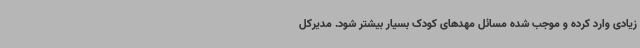
زیادی وارد کرده و موجب شده مسائل مهدهای کودک بسیار بیشتر شود. مدیرکل